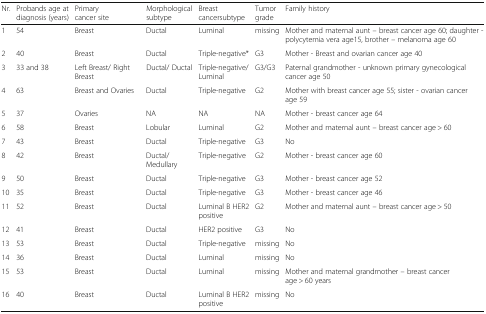
| Nr. | Probands age at diagnosis (years) | Primary cancer site | Morphological subtype | Breast cancersubtype | Tumor grade | Family history |
 | --- | --- | --- | --- | --- | --- | --- |
 | 1 | 54 | Breast | Ductal | Luminal | missing | Mother and maternal aunt – breast cancer age 60; daughter - polycytemia vera age15, brother – melanoma age 60 |
 | 2 | 40 | Breast | Ductal | Triple-negative* | G3 | Mother - Breast and ovarian cancer age 40 |
 | 3 | 33 and 38 | Left Breast/ Right Breast | Ductal/ Ductal | Triple-negative/ Luminal | G3/G3 | Paternal grandmother - unknown primary gynecological cancer age 50 |
 | 4 | 63 | Breast and Ovaries | Ductal | Triple-negative | G2 | Mother with breast cancer age 55; sister - ovarian cancer age 59 |
 | 5 | 37 | Ovaries | NA | NA | NA | Mother - breast cancer age 64 |
 | 6 | 58 | Breast | Lobular | Luminal | G2 | Mother and maternal aunt – breast cancer age > 60 |
 | 7 | 43 | Breast | Ductal | Triple-negative | G3 | No |
 | 8 | 42 | Breast | Ductal/Medullary | Triple-negative | G2 | Mother - breast cancer age 60 |
 | 9 | 50 | Breast | Ductal | Triple-negative | G3 | Mother - breast cancer age 52 |
 | 10 | 35 | Breast | Ductal | Triple-negative | G3 | Mother - breast cancer age 46 |
 | 11 | 52 | Breast | Ductal | Luminal B HER2 positive | G2 | Mother and maternal aunt – breast cancer age > 50 |
 | 12 | 41 | Breast | Ductal | HER2 positive | G3 | No |
 | 13 | 53 | Breast | Ductal | Triple-negative | missing | No |
 | 14 | 36 | Breast | Ductal | Luminal | missing | No |
 | 15 | 53 | Breast | Ductal | Luminal | missing | Mother and maternal grandmother – breast cancer age > 60 years |
 | 16 | 40 | Breast | Ductal | Luminal B HER2 positive | missing | No |